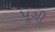
પૂગી